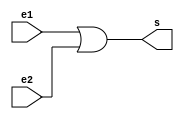
module or_gate (e1, e2, s);
    input e1;
    input e2;
    output s;


    assign s = e1 | e2;

endmodule